Indian Medical Review
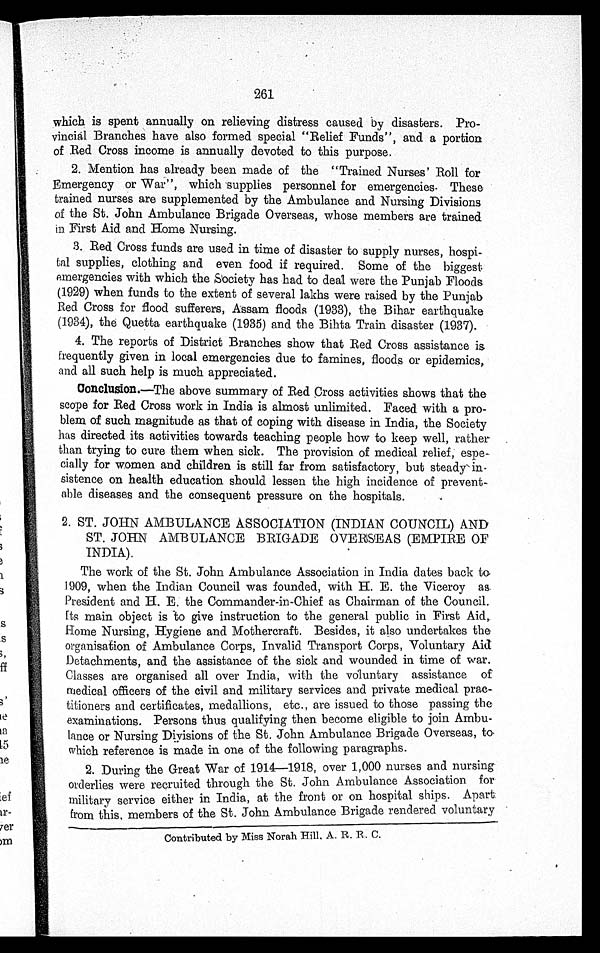
261
which is spent annually on relieving distress caused by disasters. Pro
-
vincial Branches have also formed special "Relief Funds", and a portion
of Red Cross income is annually devoted to this purpose.
2. Mention has already been made of the "Trained Nurses' Roll for
Emergency or War", which supplies personnel for emergencies. These
trained nurses are supplemented by the Ambulance and Nursing Divisions
of the St. John Ambulance Brigade Overseas, whose members are trained
in First Aid and Home Nursing.
3. Red Cross funds are used in time of disaster to supply nurses, hospi
-
tal supplies, clothing and even food if required. Some of the biggest
emergencies with which the Society has had to deal were the Punjab Floods
(1929) when funds to the extent of several lakhs were raised by the Punjab
Red Cross for flood sufferers, Assam floods (1933), the Bihar earthquake
(1934), the Quetta earthquake (1935) and the Bihta Train disaster (1937).
4. The reports of District Branches show that Red Cross assistance is
frequently given in local emergencies due to famines, floods or epidemics,
and all such help is much appreciated.
Conclusion.— The above summary of Red Cross activities shows that the
scope for Red Cross work in India is almost unlimited. Faced with a pro
-
blem of such magnitude as that of coping with disease in India, the Society
has directed its activities towards teaching people how to keep well, rather
than trying to cure them when sick. The provision of medical relief, espe
-
cially for women and children is still far from satisfactory, but steady in
-
sistence on health education should lessen the high incidence of prevent
-
able diseases and the consequent pressure on the hospitals.
2. ST. JOHN AMBULANCE ASSOCIATION (INDIAN COUNCIL) AND
ST. JOHN AMBULANCE BRIGADE OVERSEAS (EMPIRE OF
INDIA).
The work of the St. John Ambulance Association in India dates back to
1909, when the Indian Council was founded, with H. E. the Viceroy as
President and H. E. the Commander-in-Chief as Chairman of the Council.
Its main object is to give instruction to the general public in First Aid,
Home Nursing, Hygiene and Mothercraft. Besides, it also undertakes the
organisation of Ambulance Corps, Invalid Transport Corps, Voluntary Aid
Detachments, and the assistance of the sick and wounded in time of war.
Classes are organised all over India, with the voluntary assistance of
medical officers of the civil and military services and private medical prac-
titioners and certificates, medallions, etc., are issued to those passing the
examinations. Persons thus qualifying then become eligible to join Ambu
-
lance or Nursing Divisions of the St. John Ambulance Brigade Overseas, to
which reference is made in one of the following paragraphs.
2. During the Great War of 1914—1918, over 1,000 nurses and nursing
orderlies were recruited through the St. John Ambulance Association for
military service either in India, at the front or on hospital ships. Apart
from this, members of the St. John Ambulance Brigade rendered voluntary
Contributed by Miss Norah Hill. A. R. R. C.